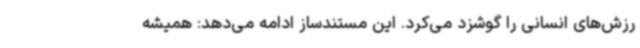
رزش‌های انسانی را گوشزد می‌کرد. این مستندساز ادامه می‌دهد: همیشه